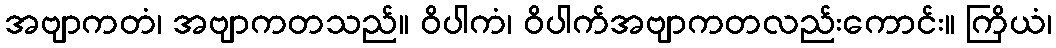
အဗျာကတံ၊ အဗျာကတသည်။ ဝိပါကံ၊ ဝိပါက်အဗျာကတလည်းကောင်း။ ကြိယံ၊